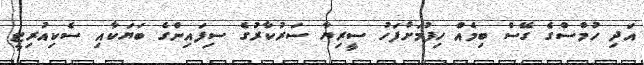
އަދި ހުމްސްގެ ގޭސް ބިމެއް ހިފުމަށްފަހު ސީރިޔާ ސަރުކާރުގެ ސިފައިންގެ ބަޔަކާއި ސެކިއުރިޓީ